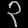
Digit: ၃